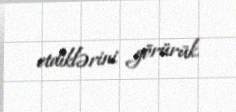
etdiklərini görürük.